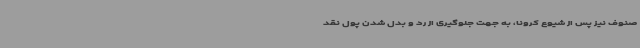
صنوف نیز پس از شیوع کرونا، به جهت جلوگیری از رد و بدل ‌شدن پول نقد